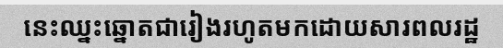
នេះឈ្នះឆ្នោតជារៀងរហូតមកដោយសារពលរដ្ឋ